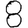
Digit: 8